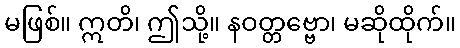
မဖြစ်။ ဣတိ၊ ဤသို့။ နဝတ္တဗ္ဗော၊ မဆိုထိုက်။